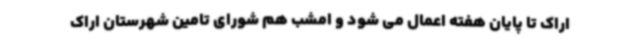
اراک تا پایان هفته اعمال می شود و امشب هم شورای تامین شهرستان اراک